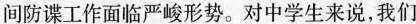
间防谍工作面临严峻形势。对中学生来说，我们